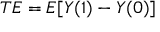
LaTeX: T E = E [ Y ( 1 ) - Y ( 0 ) ]